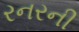
રનરની